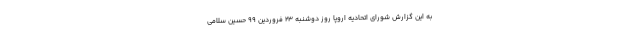
به این گزارش شورای اتحادیه اروپا روز دوشنبه 23 فروردین 99 حسین سلامی